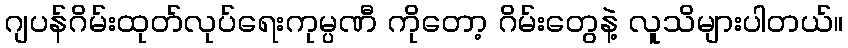
ဂျပန်ဂိမ်းထုတ်လုပ်ရေးကုမ္ပဏီ ကိုတော့ ဂိမ်းတွေနဲ့ လူသိများပါတယ်။